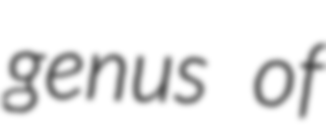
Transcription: genus of